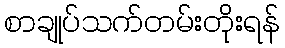
စာချုပ်သက်တမ်းတိုးရန်